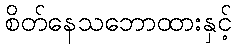
စိတ်နေသဘောထားနှင့်